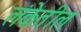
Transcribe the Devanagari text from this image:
लंकेतील